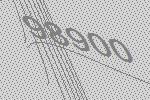
98900